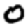
Digit: 0